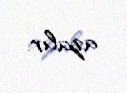
azalır.